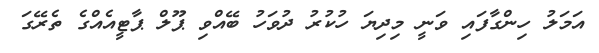
އަމަލު ހިންގާފައި ވަނީ މިދިޔަ ހުކުރު ދުވަހު ބޭއްވި ޕޫލް ޕާޓީއެއްގެ ތެރޭގަ